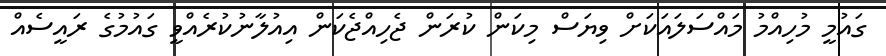
ގައުމީ މުހިއްމު މައްސަލައަކަށް ވިޔަސް މިކަން ކުރަން ޖެހިއްޖެކަން އިއުލާނުކުރެއްވީ ގައުމުގެ ރައީސެއް